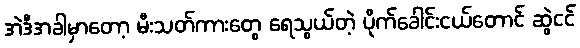
အဲဒီအခါမှာတော့ မီးသတ်ကားတွေ ရေသွယ်တဲ့ ပိုက်ခေါင်းငယ်တောင် ဆွဲငင်